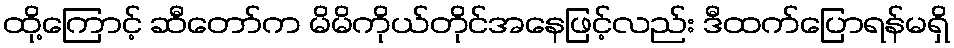
ထို့ကြောင့် ဆီတော်က မိမိကိုယ်တိုင်အနေဖြင့်လည်း ဒီထက်ပြောရန်မရှိ